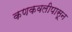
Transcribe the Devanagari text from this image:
कणकवलीपासून